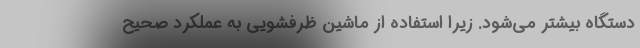
دستگاه بیشتر می‌شود. زیرا استفاده از ماشین ظرفشویی به عملکرد صحیح